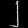
Digit: ၂